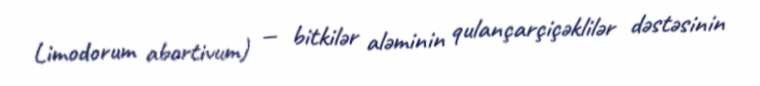
Limodorum abortivum) — bitkilər aləminin qulançarçiçəklilər dəstəsinin